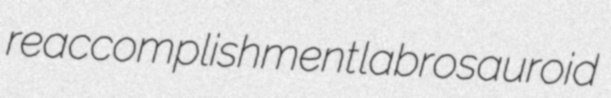
reaccomplishment labrosauroid